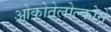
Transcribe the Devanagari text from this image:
ओकोतेलोल्कोने